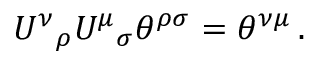
U ^ { \nu } { } _ { \rho } U ^ { \mu } { } _ { \sigma } \theta ^ { \rho \sigma } = \theta ^ { \nu \mu } \, .